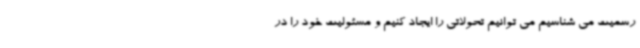
رسمیت می شناسیم می توانیم تحولاتی را ایجاد کنیم و مسئولیت خود را در